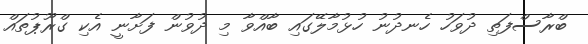
ބްރާސްފަތި ދުވަހު ހެނދުނު ހުޅުމާލޭގައި ބާއްވާ މި ދުވުން ފަށާނީ އެކި ގްރޫޕުތައް